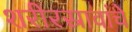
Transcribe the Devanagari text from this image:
शरीरस्रावांचे